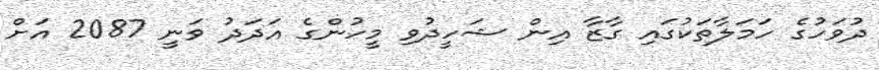
ދުވަހުގެ ހަމަލާތަކުގައި ގާޒާ އިން ޝަހީދުވި މީހުންގެ އަދަދު ވަނީ 2087 އަށް